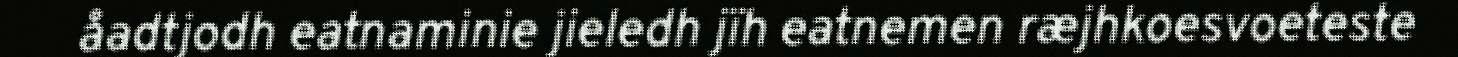
åadtjodh eatnaminie jieledh jïh eatnemen ræjhkoesvoeteste